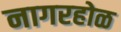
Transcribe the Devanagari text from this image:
नागरहोळ